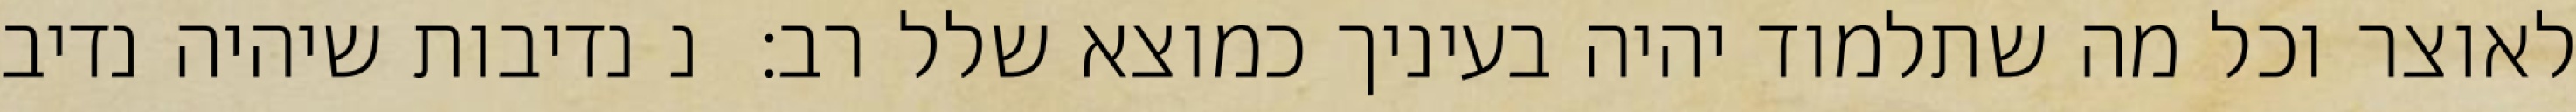
לאוצר וכל מה שתלמוד יהיה בעיניך כמוצא שלל רב:  נ נדיבות שיהיה נדיב